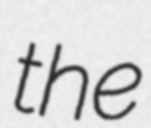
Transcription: the